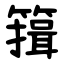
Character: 䉗